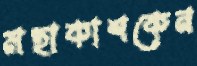
মহাকাশকেন